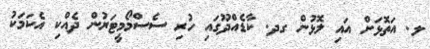
ލ. އަތޮޅަށް އައި ލޮޅުން ގދ. ކާޑެއްދޫގައި ހުރި ސެސްމޯމީޓަރުން ދެއްކި އެކަމަކު